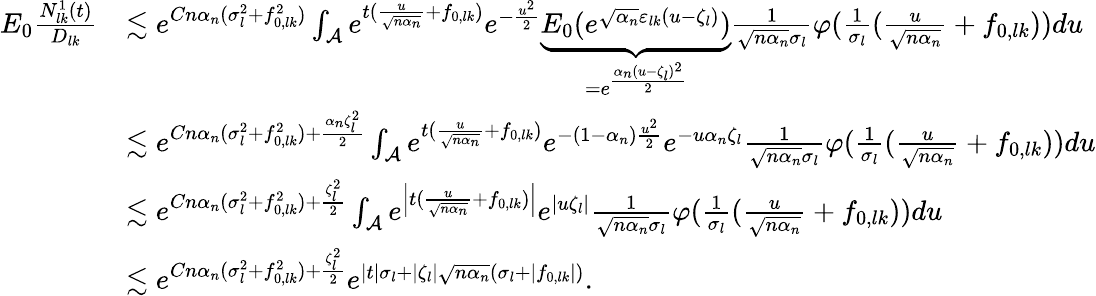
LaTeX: \begin{array}{rl}{E_{0}\frac{N_{lk}^{1}(t)}{D_{lk}}}&{\lesssim e^{Cn\alpha_{n}(\sigma_{l}^{2}+f_{0,lk}^{2})}\int_{\mathcal{A}}e^{t(\frac{u}{\sqrt{n\alpha_{n}}}+f_{0,lk})}e^{-\frac{u^{2}}{2}}\underbrace{E_{0}(e^{\sqrt{\alpha_{n}}\varepsilon_{lk}(u-\zeta_{l})})}_{=e^{\frac{\alpha_{n}(u-\zeta_{l})^{2}}{2}}}\frac{1}{\sqrt{n\alpha_{n}}\sigma_{l}}\varphi(\frac{1}{\sigma_{l}}(\frac{u}{\sqrt{n\alpha_{n}}}+f_{0,lk}))du}\\ &{\lesssim e^{Cn\alpha_{n}(\sigma_{l}^{2}+f_{0,lk}^{2})+\frac{\alpha_{n}\zeta_{l}^{2}}{2}}\int_{\mathcal{A}}e^{t(\frac{u}{\sqrt{n\alpha_{n}}}+f_{0,lk})}e^{-(1-\alpha_{n})\frac{u^{2}}{2}}e^{-u\alpha_{n}\zeta_{l}}\frac{1}{\sqrt{n\alpha_{n}}\sigma_{l}}\varphi(\frac{1}{\sigma_{l}}(\frac{u}{\sqrt{n\alpha_{n}}}+f_{0,lk}))du}\\ &{\lesssim e^{Cn\alpha_{n}(\sigma_{l}^{2}+f_{0,lk}^{2})+\frac{\zeta_{l}^{2}}{2}}\int_{\mathcal{A}}e^{\left|t(\frac{u}{\sqrt{n\alpha_{n}}}+f_{0,lk})\right|}e^{|u\zeta_{l}|}\frac{1}{\sqrt{n\alpha_{n}}\sigma_{l}}\varphi(\frac{1}{\sigma_{l}}(\frac{u}{\sqrt{n\alpha_{n}}}+f_{0,lk}))du}\\ &{\lesssim e^{Cn\alpha_{n}(\sigma_{l}^{2}+f_{0,lk}^{2})+\frac{\zeta_{l}^{2}}{2}}e^{|t|\sigma_{l}+|\zeta_{l}|\sqrt{n\alpha_{n}}(\sigma_{l}+|f_{0,lk}|)}.}\end{array}